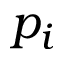
p _ { i }